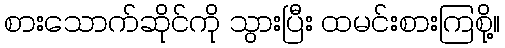
စားသောက်ဆိုင်ကို သွားပြီး ထမင်းစားကြစို့။